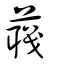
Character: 蘵